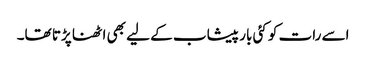
اسے رات کو کئی بار پیشاب کے لیے بھی اٹھنا پڑتا تھا۔